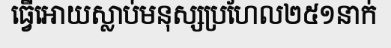
ធ្វើអោយស្លាប់មនុស្សប្រហែល២៥១នាក់